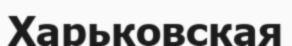
Харьковская